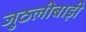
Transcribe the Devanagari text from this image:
जुठलीबाड़ी